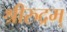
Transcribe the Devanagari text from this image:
श्रीरुद्रम्